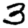
Digit: 3